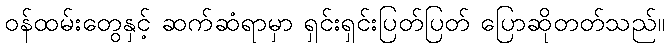
ဝန်ထမ်းတွေနှင့် ဆက်ဆံရာမှာ ရှင်းရှင်းပြတ်ပြတ် ပြောဆိုတတ်သည်။